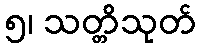
၅၊ သတ္တိသုတ်